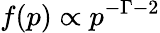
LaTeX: f(p)\propto p^{-\mathnormal{\Gamma}-2}